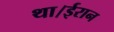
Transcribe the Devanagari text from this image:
था।ईरान